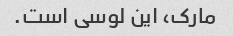
مارک، این لوسی است.